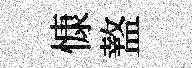
慷盩